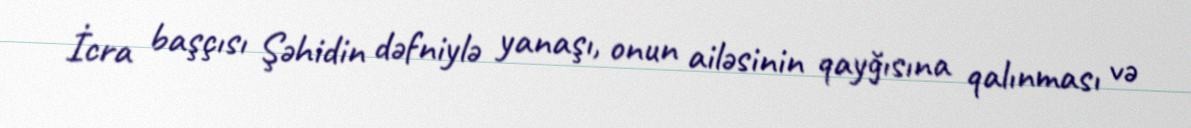
İcra başçısı Şəhidin dəfniylə yanaşı, onun ailəsinin qayğısına qalınması və